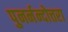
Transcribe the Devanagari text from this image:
पुनर्नन्दोत्तरा